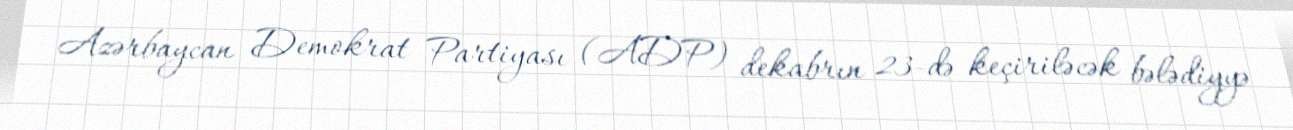
Azərbaycan Demokrat Partiyası (ADP) dekabrın 23-də keçiriləcək bələdiyyə